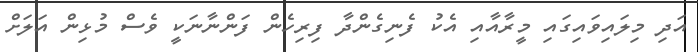
އަދި މިލައިވައިގައި މީރާއާއި އެކު ފެނިގެންދާ ފިރިހެން ފަންނާނަކީ ވެސް މުޅިން އަލަށް